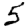
Digit: 5